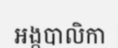
អង្កបាលិកា